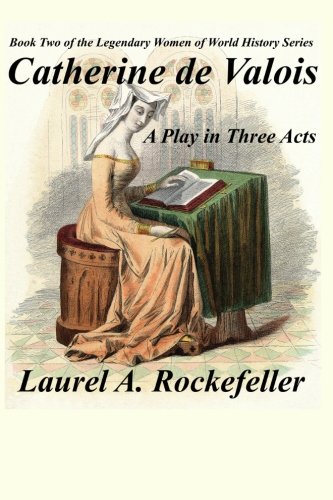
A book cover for Catherine de Valois:  A Play in Three Acts (The Legendary Women of World History) (Volume 2); Laurel A. Rockefeller; Literature & Fiction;